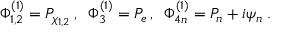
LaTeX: \Phi _ { 1 , 2 } ^ { ( 1 ) } = P _ { \chi _ { 1 , 2 } } \, , \; \; \Phi _ { 3 } ^ { ( 1 ) } = P _ { e } \, , \; \; \Phi _ { 4 n } ^ { ( 1 ) } = P _ { n } + i \psi _ { n } \; .